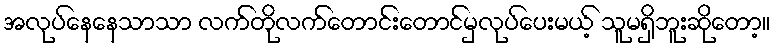
အလုပ်နေနေသာသာ လက်တိုလက်တောင်းတောင်မှလုပ်ပေးမယ့် သူမရှိဘူးဆိုတော့။